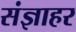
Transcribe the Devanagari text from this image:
संज्ञाहर